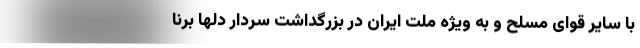
با سایر قوای مسلح و به ویژه ملت ایران در بزرگداشت سردار دلها برنا